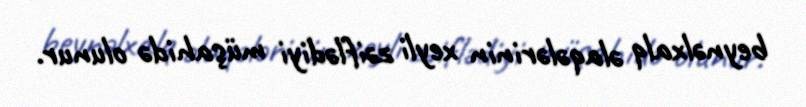
beynəlxalq əlaqələrinin xeyli zəiflədiyi müşahidə olunur.